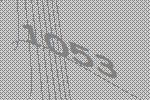
1053